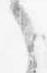
之